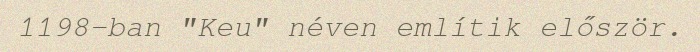
1198-ban "Keu" néven említik először.